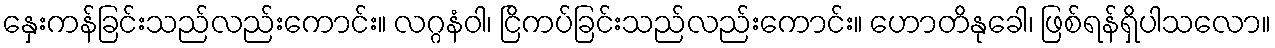
နှေးကန်ခြင်းသည်လည်းကောင်း။ လဂ္ဂနံဝါ၊ ငြိကပ်ခြင်းသည်လည်းကောင်း။ ဟောတိနုခေါ၊ ဖြစ်ရန်ရှိပါသလော။